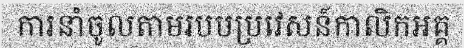
ការនាំចូលតាមរបបប្រវេសន៍កាលិកអគ្គ